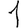
Digit: 1